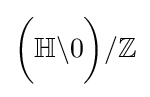
{\bigg (}{\mathbb {H} }\backslash 0{\bigg )}/{\mathbb {Z} }